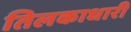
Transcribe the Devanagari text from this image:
तिलकाधारी